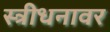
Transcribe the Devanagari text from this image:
स्त्रीधनावर